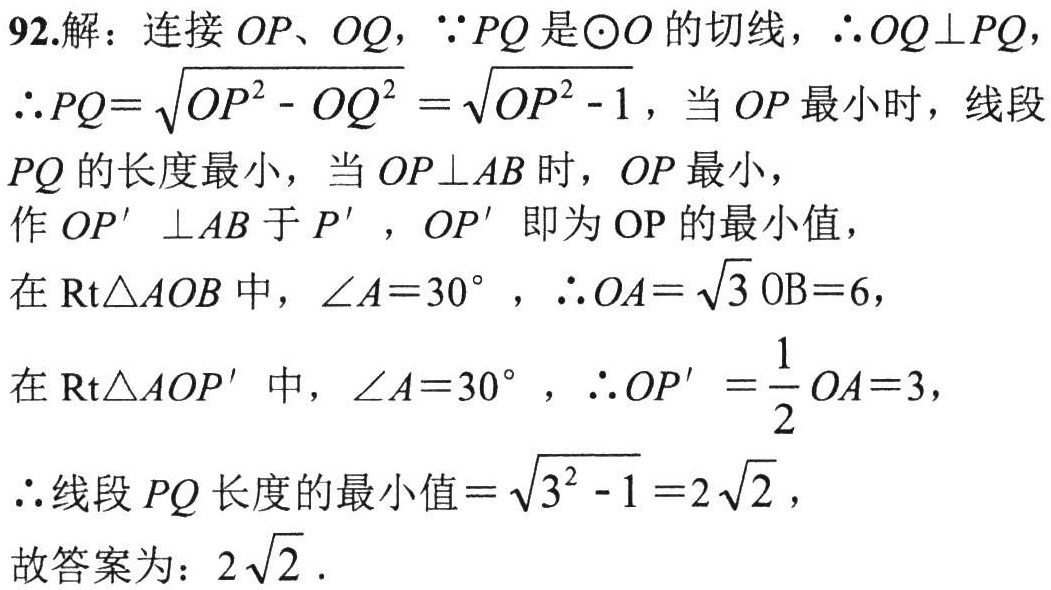
92.解：连接 \(OP\)、\(OQ\)，\(\because PQ\) 是 \(\odot O\) 的切线，\(\therefore OQ\perp PQ\)，
\(\therefore PQ = \sqrt{OP^{2}-OQ^{2}}=\sqrt{OP^{2}-1}\)，当 \(OP\) 最小时，线段 \(PQ\) 的长度最小，当 \(OP\perp AB\) 时，\(OP\) 最小，
作 \(OP'\perp AB\) 于 \(P'\)，\(OP'\) 即为 \(OP\) 的最小值，
在 \(\text{Rt}\triangle AOB\) 中，\(\angle A = 30^{\circ}\)，\(\therefore OA=\sqrt{3}OB = 6\)，
在 \(\text{Rt}\triangle AOP'\) 中，\(\angle A = 30^{\circ}\)，\(\therefore OP'=\frac{1}{2}OA = 3\)，
\(\therefore\) 线段 \(PQ\) 长度的最小值 \(=\sqrt{3^{2}-1}=2\sqrt{2}\)，
故答案为：\(2\sqrt{2}\).